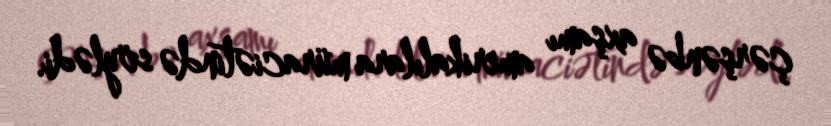
çərşənbə axşamı amerikalılara müraciətində söylədi.